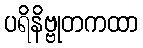
ပရိနိဗ္ဗုတကထာ